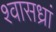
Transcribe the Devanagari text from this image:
श्वासध्रां